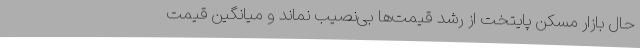
حال بازار مسکن پایتخت از رشد قیمت‌ها بی‌نصیب نماند و میانگین قیمت